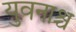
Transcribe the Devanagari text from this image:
युवनाश्च